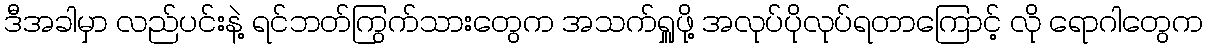
ဒီအခါမှာ လည်ပင်းနဲ့ ရင်ဘတ်ကြွက်သားတွေက အသက်ရှူဖို့ အလုပ်ပိုလုပ်ရတာကြောင့် လို ရောဂါတွေက